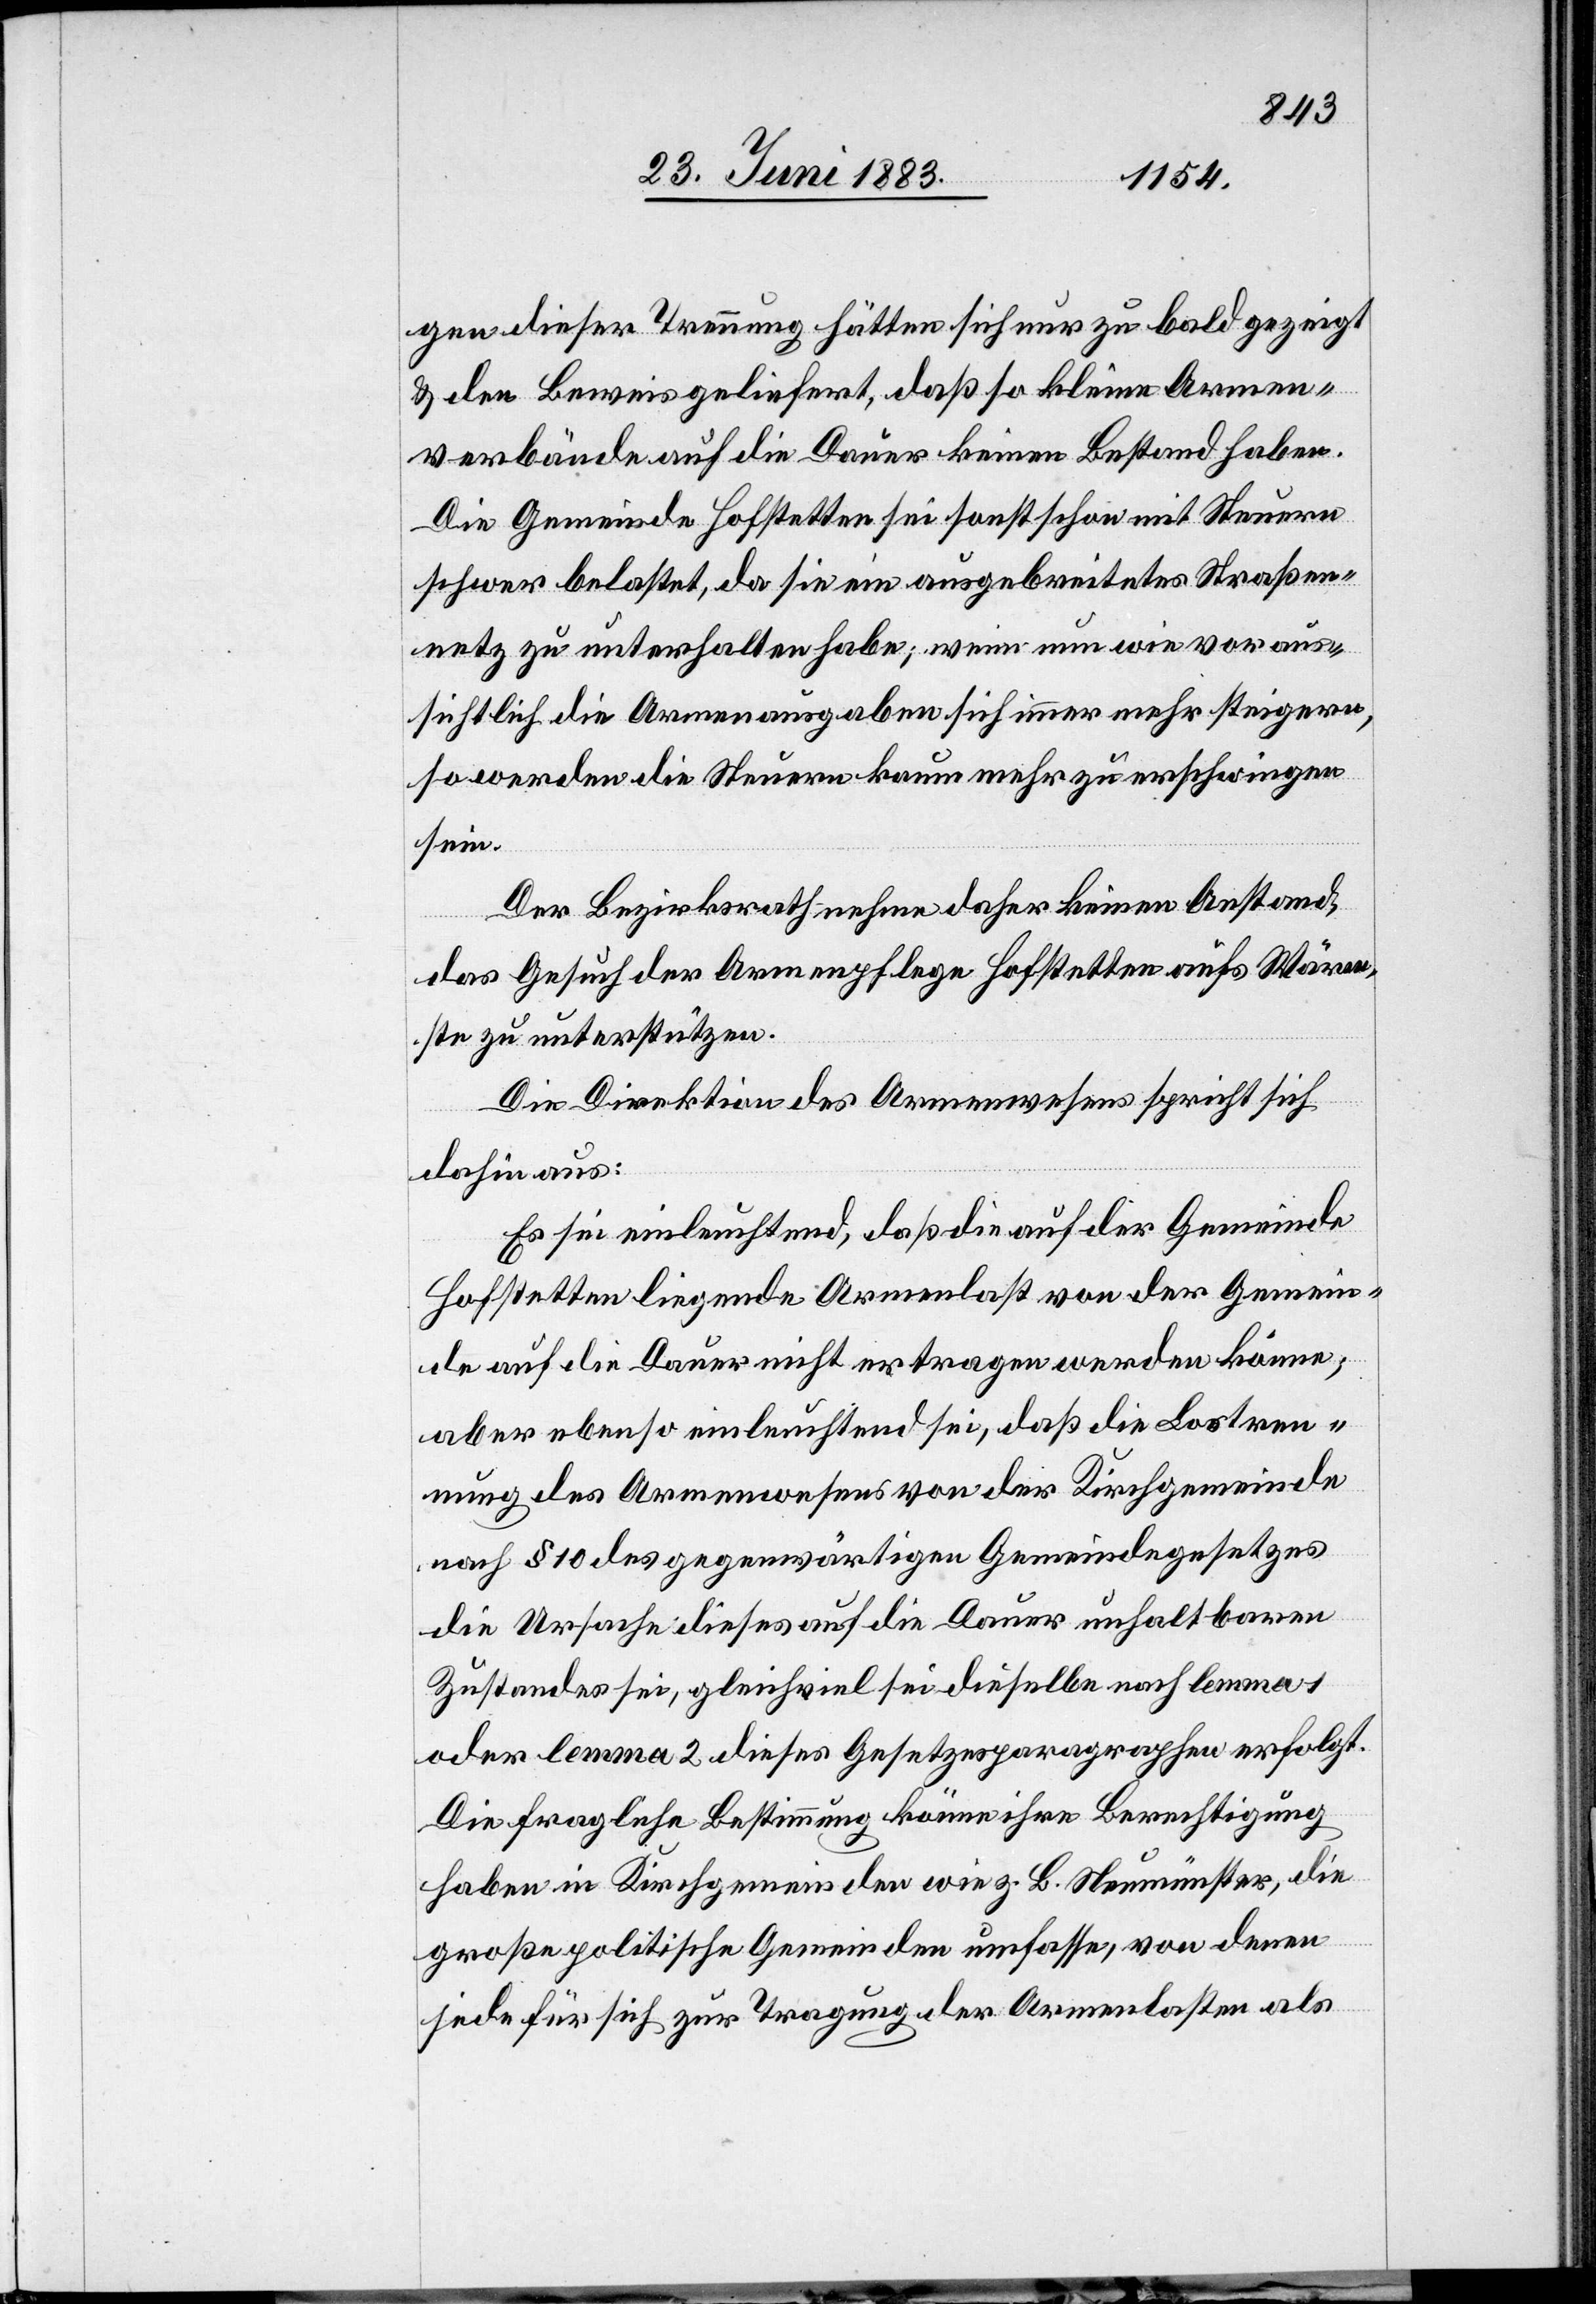
gen dieser Trennung hätten sich nur zu bald gezeigt
& den Beweis geliefert, daß so kleine Armen¬
verbände auf die Dauer keinen Bestand haben.
Die Gemeinde Hofstetten sei sonst schon mit Steuern
schwer belastet, da sie ein ausgebreitetes Straßen¬
netz zu unterhalten habe; wenn nun wie voraus¬
sichtlich die Armenausgaben sich immer mehr steigern,
so werden die Steuern kaum mehr zu erschwingen
sein.
Der Bezirksrath nehme daher keinen Anstand,
das Gesuch der Armenpflege Hofstetten aufs Wärm¬
ste zu unterstützen.
Die Direktion des Armenwesens spricht sich
dahin aus:
Es sei einleuchtend, daß die auf der Gemeinde
Hofstetten liegende Armenlast von der Gemein¬
de auf die Dauer nicht ertragen werden könne;
aber ebenso einleuchtend sei, daß die Lostren¬
nung des Armenwesens von der Kirchengemeinde
nach § 10 des gegenwärtigen Gemeindegesetzes
die Ursache dieses auf die Dauer unhaltbaren
Zustandes sei, gleichviel sei dieselbe nach lemma 1
oder lemma 2 dieses Gesetzesparagraphen erfolgt.
Die fragliche Bestimmung könne ihre Berechtigung
haben in Kirchgemeinden wie z. B. Neumünster, die
große politische Gemeinden umfasse, von denen
jede für sich zur Tragung der Armenlasten als